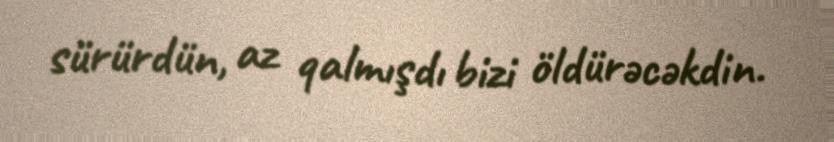
sürürdün, az qalmışdı bizi öldürəcəkdin.